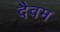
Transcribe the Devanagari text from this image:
दैवम